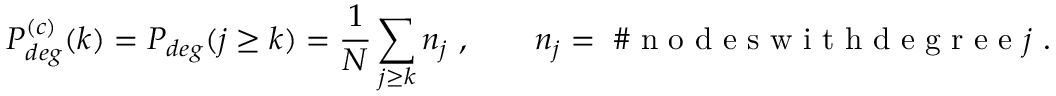
P _ { d e g } ^ { ( c ) } ( k ) = P _ { d e g } ( j \ge k ) = \frac { 1 } { N } \sum _ { j \ge k } n _ { j } \ , \qquad n _ { j } = \mathrm { ~ \# ~ n ~ o ~ d ~ e ~ s ~ w ~ i ~ t ~ h ~ d ~ e ~ g ~ r ~ e ~ e ~ } j \ .